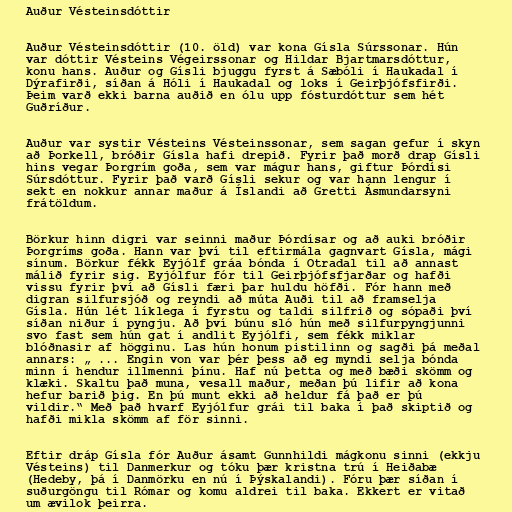
Auður Vésteinsdóttir

Auður Vésteinsdóttir (10. öld) var kona Gísla Súrssonar. Hún
var dóttir Vésteins Végeirssonar og Hildar Bjartmarsdóttur,
konu hans. Auður og Gísli bjuggu fyrst á Sæbóli í Haukadal í
Dýrafirði, síðan á Hóli í Haukadal og loks í Geirþjófsfirði.
Þeim varð ekki barna auðið en ólu upp fósturdóttur sem hét
Guðríður.

Auður var systir Vésteins Vésteinssonar, sem sagan gefur í skyn
að Þorkell, bróðir Gísla hafi drepið. Fyrir það morð drap Gísli
hins vegar Þorgrím goða, sem var mágur hans, giftur Þórdísi
Súrsdóttur. Fyrir það varð Gísli sekur og var hann lengur í
sekt en nokkur annar maður á Íslandi að Gretti Ásmundarsyni
frátöldum.

Börkur hinn digri var seinni maður Þórdísar og að auki bróðir
Þorgríms goða. Hann var því til eftirmála gagnvart Gísla, mági
sínum. Börkur fékk Eyjólf gráa bónda í Otradal til að annast
málið fyrir sig. Eyjólfur fór til Geirþjófsfjarðar og hafði
vissu fyrir því að Gísli færi þar huldu höfði. Fór hann með
digran silfursjóð og reyndi að múta Auði til að framselja
Gísla. Hún lét líklega í fyrstu og taldi silfrið og sópaði því
síðan niður í pyngju. Að því búnu sló hún með silfurpyngjunni
svo fast sem hún gat í andlit Eyjólfi, sem fékk miklar
blóðnasir af högginu. Las hún honum pistilinn og sagði þá meðal
annars: „ ... Engin von var þér þess að eg myndi selja bónda
minn í hendur illmenni þínu. Haf nú þetta og með bæði skömm og
klæki. Skaltu það muna, vesall maður, meðan þú lifir að kona
hefur barið þig. En þú munt ekki að heldur fá það er þú
vildir.“ Með það hvarf Eyjólfur grái til baka í það skiptið og
hafði mikla skömm af för sinni.

Eftir dráp Gísla fór Auður ásamt Gunnhildi mágkonu sinni (ekkju
Vésteins) til Danmerkur og tóku þær kristna trú í Heiðabæ
(Hedeby, þá í Danmörku en nú í Þýskalandi). Fóru þær síðan í
suðurgöngu til Rómar og komu aldrei til baka. Ekkert er vitað
um ævilok þeirra.